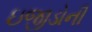
ઇજીડોની